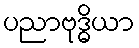
ပညာဗုဒ္ဓိယာ